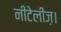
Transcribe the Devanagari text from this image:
नीटेलीज़।